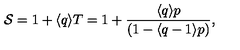
\protect { \cal { S } } = 1 + \langle q \rangle T = 1 + { \frac { \langle q \rangle p } { ( 1 - \langle q - 1 \rangle p ) } } ,